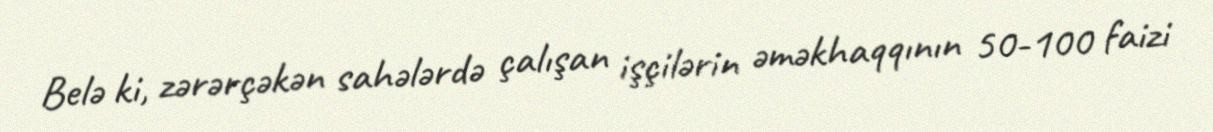
Belə ki, zərərçəkən sahələrdə çalışan işçilərin əməkhaqqının 50-100 faizi